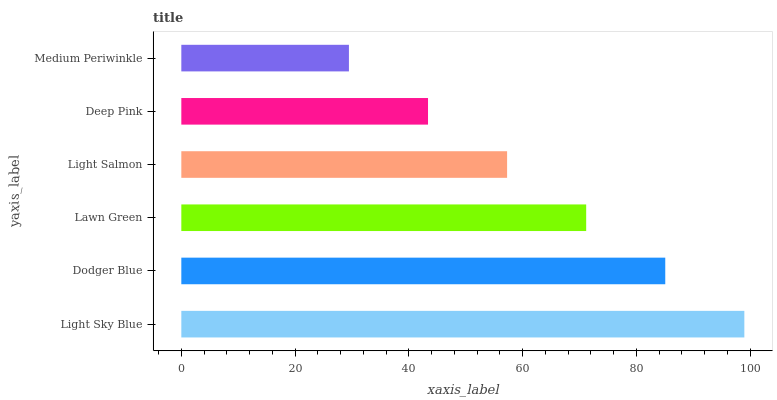
| yaxis_label | bars |
 | --- | --- |
 | Light Sky Blue | 99 |
 | Dodger Blue | 85.1 |
 | Lawn Green | 71.2 |
 | Light Salmon | 57.3 |
 | Deep Pink | 43.4 |
 | Medium Periwinkle | 29.5 |